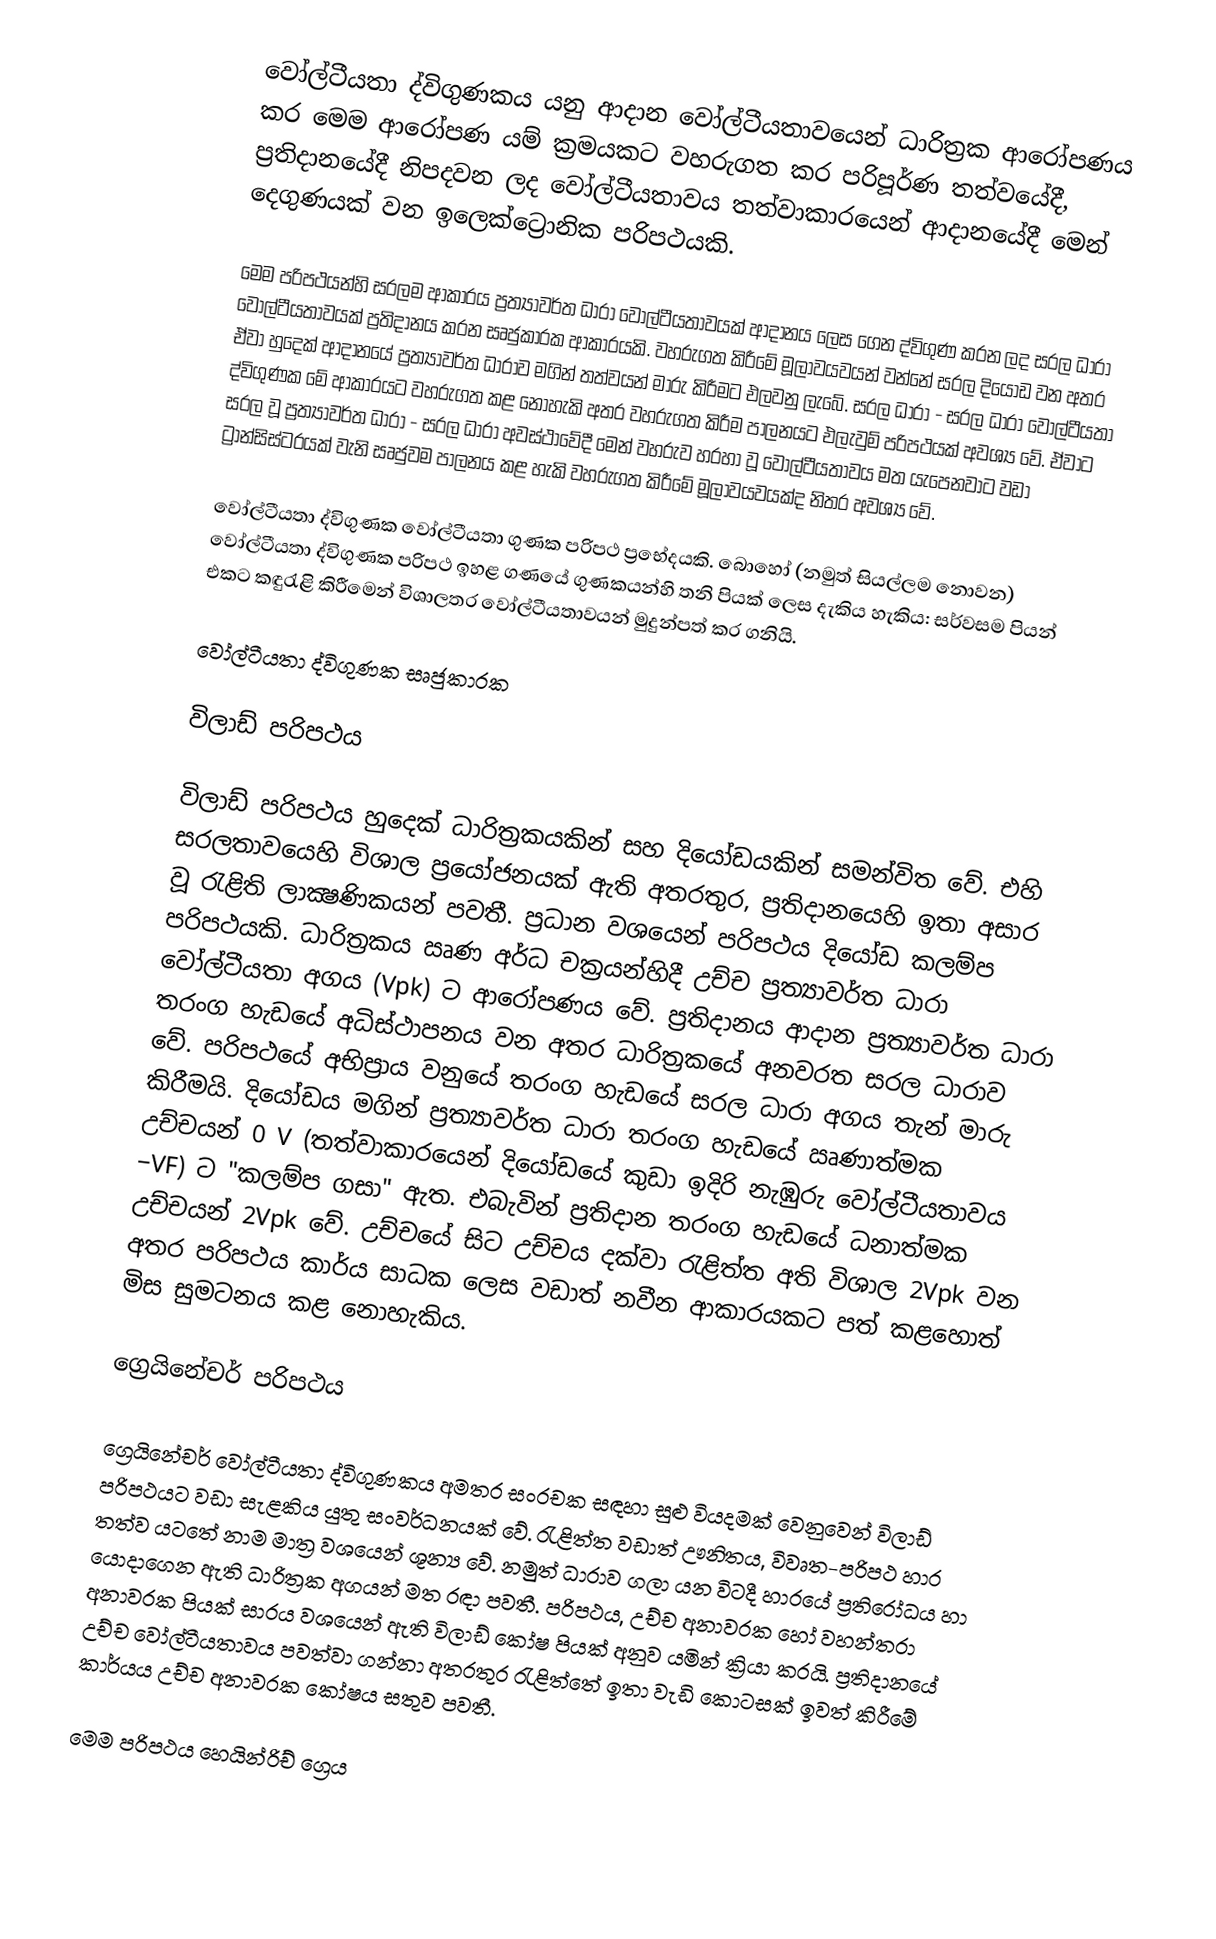
වෝල්ටීයතා ද්විගුණකය යනු ආදාන වෝල්ටීයතාවයෙන් ධාරිත්‍රක ආරෝපණය කර මෙම ආරෝපණ යම් ක්‍රමයකට වහරුගත කර පරිපූර්ණ තත්වයේදී, ප්‍රතිදානයේදී නිපදවන ලද වෝල්ටීයතාවය තත්වාකාරයෙන් ආදානයේදී මෙන් දෙගුණයක් වන ඉලෙක්ට්‍රොනික පරිපථයකි.

මෙම පරිපථයන්හි සරලම ආකාරය ප්‍රත්‍යාවර්ත ධාරා වෝල්ටීයතාවයක් ආදානය ලෙස ගෙන ද්විගුණ කරන ලද සරල ධාරා වෝල්ටීයතාවයක් ප්‍රතිදානය කරන සෘජුකාරක ආකාරයකි.  වහරුගත කිරීමේ මූලාවයවයන් වන්නේ සරල දියෝඩ වන අතර ඒවා හුදෙක් ආදානයේ ප්‍රත්‍යාවර්ත ධාරාව මගින් තත්වයන් මාරු කිරීමට එලවනු ලැබේ.  සරල ධාරා - සරල ධාරා වෝල්ටීයතා ද්විගුණක මේ ආකාරයට වහරුගත කළ නොහැකි අතර වහරුගත කිරීම පාලනයට එලැවුම් පරිපථයක් අවශ්‍ය වේ.  ඒවාට සරල වූ ප්‍රත්‍යාවර්ත ධාරා - සරල ධාරා අවස්ථාවේදී මෙන් වහරුව හරහා වූ වෝල්ටීයතාවය මත යැපෙනවාට වඩා ට්‍රාන්සිස්ටරයක් වැනි සෘජුවම පාලනය කළ හැකි වහරුගත කිරීමේ මූලාවයවයක්ද නිතර අවශ්‍ය වේ.

වෝල්ටීයතා ද්විගුණක වෝල්ටීයතා ගුණක පරිපථ ප්‍රභේදයකි.  බොහෝ (නමුත්  සියල්ලම නොවන) වෝල්ටීයතා ද්විගුණක පරිපථ ඉහළ ගණයේ ගුණකයන්හි තනි පියක් ලෙස දැකිය හැකිය: සර්වසම පියන් එකට කඳුරැළි කිරීමෙන් විශාලතර වෝල්ටීයතාවයන් මුදුන්පත් කර ගනියි.

වෝල්ටීයතා ද්විගුණක සෘජුකාරක

විලාඩ් පරිපථය

විලාඩ් පරිපථය හුදෙක් ධාරිත්‍රකයකින් සහ දියෝඩයකින් සමන්විත වේ. එහි සරලතාවයෙහි විශාල ප්‍රයෝජනයක් ඇති අතරතුර, ප්‍රතිදානයෙහි ඉතා අසාර වූ රැළිති ලාක්‍ෂණිකයන් පවතී. ප්‍රධාන වශයෙන් පරිපථය දියෝඩ කලම්ප පරිපථයකි. ධාරිත්‍රකය ඍණ අර්ධ චක්‍රයන්හිදී උච්ච ප්‍රත්‍යාවර්ත ධාරා වෝල්ටීයතා අගය  (Vpk) ට ආරෝපණය වේ.  ප්‍රතිදානය ආදාන ප්‍රත්‍යාවර්ත ධාරා තරංග හැඩයේ අධිස්ථාපනය වන අතර ධාරිත්‍රකයේ අනවරත සරල ධාරාව වේ.  පරිපථයේ අභිප්‍රාය වනුයේ තරංග හැඩයේ සරල ධාරා අගය තැන් මාරු කිරීමයි.  දියෝඩය මගින් ප්‍රත්‍යාවර්ත ධාරා තරංග හැඩයේ ඍණාත්මක උච්චයන් 0 V (තත්වාකාරයෙන් දියෝඩයේ කුඩා ඉදිරි නැඹුරු වෝල්ටීයතාවය −VF) ට "කලම්ප ගසා" ඇත. එබැවින් ප්‍රතිදාන තරංග හැඩයේ ධනාත්මක උච්චයන් 2Vpk වේ.  උච්චයේ සිට උච්චය දක්වා රැළිත්ත අති විශාල 2Vpk වන අතර පරිපථය කාර්ය සාධක ලෙස වඩාත් නවීන ආකාරයකට පත් කළහොත් මිස සුමටනය කළ නොහැකිය.

ග්‍රෙයිනේචර් පරිපථය

ග්‍රෙයිනේචර් වෝල්ටීයතා ද්විගුණකය අමතර සංරචක සඳහා සුළු වියදමක් වෙනුවෙන් විලාඩ් පරිපථයට වඩා සැළකිය යුතු සංවර්ධනයක් වේ.  රැළිත්ත වඩාත් ඌනිතය, විවෘත-පරිපථ හාර තත්ව යටතේ නාම මාත්‍ර වශයෙන් ශූන්‍ය වේ. නමුත් ධාරාව ගලා යන විටදී හාරයේ ප්‍රතිරෝධය හා යොදාගෙන ඇති ධාරිත්‍රක අගයන් මත රඳා පවතී.  පරිපථය, උච්ච අනාවරක හෝ වහන්තරා අනාවරක පියක් සාරය වශයෙන් ඇති විලාඩ් කෝෂ පියක් අනුව යමින් ක්‍රියා කරයි.  ප්‍රතිදානයේ උච්ච වෝල්ටීයතාවය පවත්වා ගන්නා අතරතුර රැළිත්තේ ඉතා වැඩි කොටසක් ඉවත් කිරීමේ කාර්යය උච්ච අනාවරක කෝෂය සතුව පවතී.

මෙම පරිපථය හෙයින්රිච් ග්‍රෙය